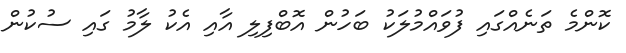
ކޮންމެ ތަނެއްގައި ފުވައްމުލަކު ބަހުން އޮބްފިލި އާއި އެކު ލާމު ގައި ސުކުން